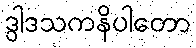
ဒွါဒသကနိပါတော